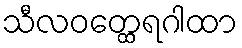
သီလဝတ္ထေရဂါထာ